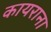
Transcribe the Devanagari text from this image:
कायराना